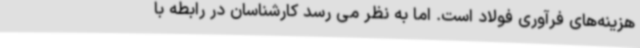
هزینه‌های فرآوری فولاد است. اما به نظر می رسد کارشناسان در رابطه با